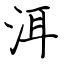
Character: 洱